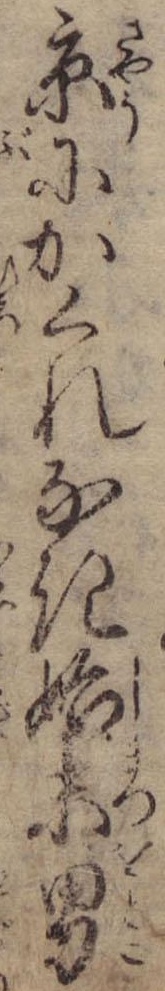
京にかくれなき始末男